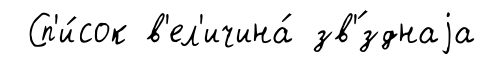
Сп'и́сок в'ел'ичина́ зв'́зднаjа